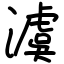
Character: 澞